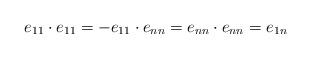
LaTeX: \begin{align*}e_{11}\cdot e_{11}=-e_{11}\cdot e_{nn}=e_{nn}\cdot e_{nn}=e_{1n}\end{align*}